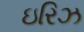
ઇરિઝ